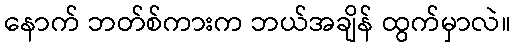
နောက် ဘတ်စ်ကားက ဘယ်အချိန် ထွက်မှာလဲ။